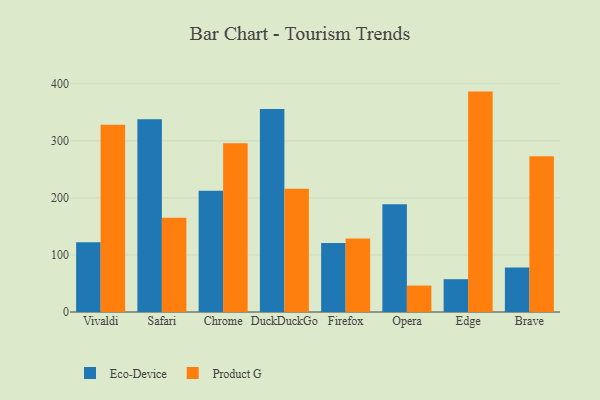
{"axis": {"x": "Browser", "y": "Budget (USD K)"}, "legend": ["Eco-Device", "Product G"], "data": [{"x": "Vivaldi", "y": 122.1, "type": "Eco-Device"}, {"x": "Vivaldi", "y": 328.1, "type": "Product G"}, {"x": "Safari", "y": 337.8, "type": "Eco-Device"}, {"x": "Safari", "y": 165.0, "type": "Product G"}, {"x": "Chrome", "y": 212.3, "type": "Eco-Device"}, {"x": "Chrome", "y": 295.7, "type": "Product G"}, {"x": "DuckDuckGo", "y": 355.5, "type": "Eco-Device"}, {"x": "DuckDuckGo", "y": 216.1, "type": "Product G"}, {"x": "Firefox", "y": 121.0, "type": "Eco-Device"}, {"x": "Firefox", "y": 128.6, "type": "Product G"}, {"x": "Opera", "y": 189.0, "type": "Eco-Device"}, {"x": "Opera", "y": 46.3, "type": "Product G"}, {"x": "Edge", "y": 57.5, "type": "Eco-Device"}, {"x": "Edge", "y": 386.2, "type": "Product G"}, {"x": "Brave", "y": 78.0, "type": "Eco-Device"}, {"x": "Brave", "y": 272.7, "type": "Product G"}]}